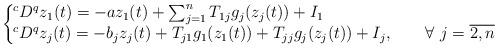
LaTeX: \begin{align*}\left\{ \!\!\!\begin{array}{l}^{c}D^{q}z_{1}(t)=-az_{1}(t)+\sum_{j=1}^{n}T_{1j}g_{j}(z_{j}(t))+I_{1} \\^{c}D^{q}z_{j}(t)=-b_{j}z_{j}(t)+T_{j1}g_{1}(z_{1}(t))+T_{jj}g_{j}(z_{j}(t))+I_{j},\qquad\forall~j=\overline{2,n}\end{array}\right. \end{align*}